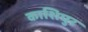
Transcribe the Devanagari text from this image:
काशिपुर